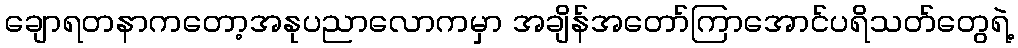
ချောရတနာကတော့အနုပညာလောကမှာ အချိန်အတော်ကြာအောင်ပရိသတ်တွေရဲ့